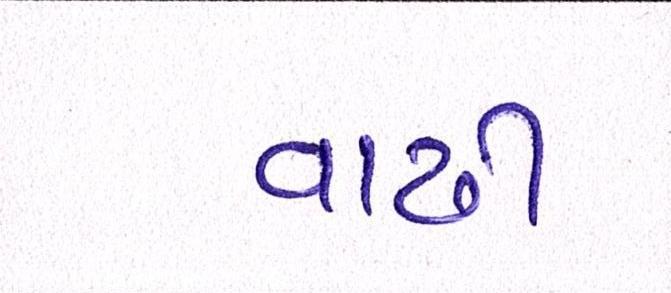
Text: વાઢી